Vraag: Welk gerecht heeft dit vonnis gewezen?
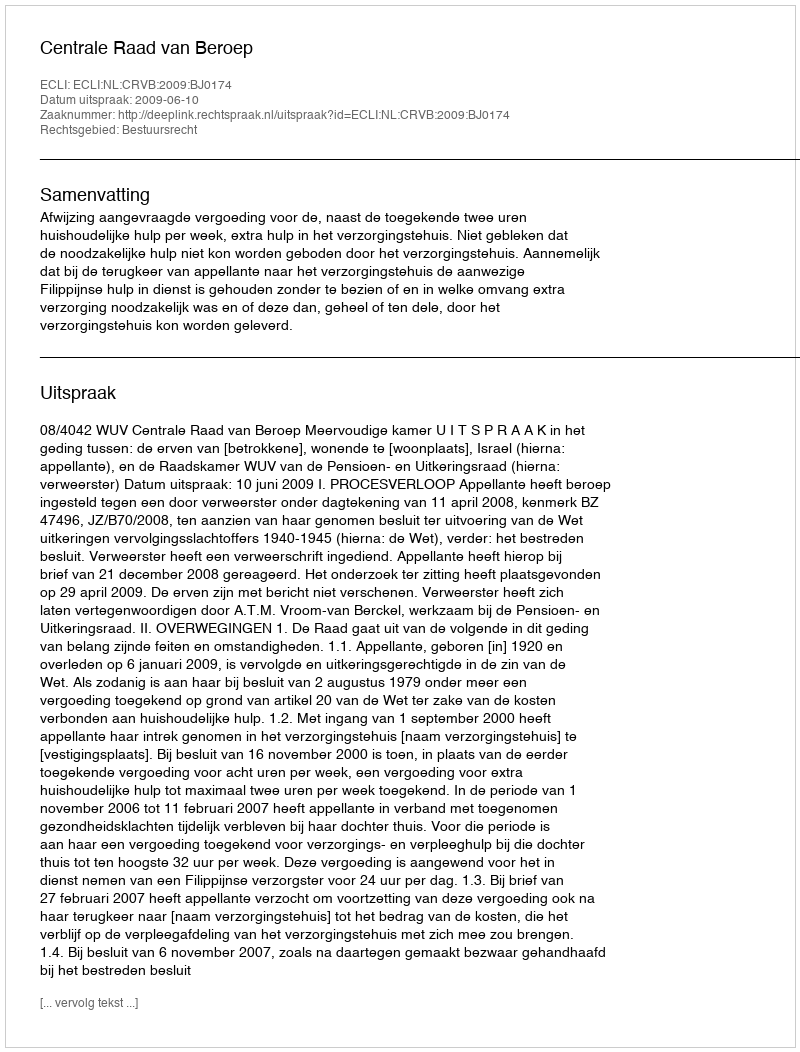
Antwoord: Centrale Raad van Beroep